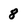
Character: 8